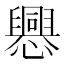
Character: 𢤀